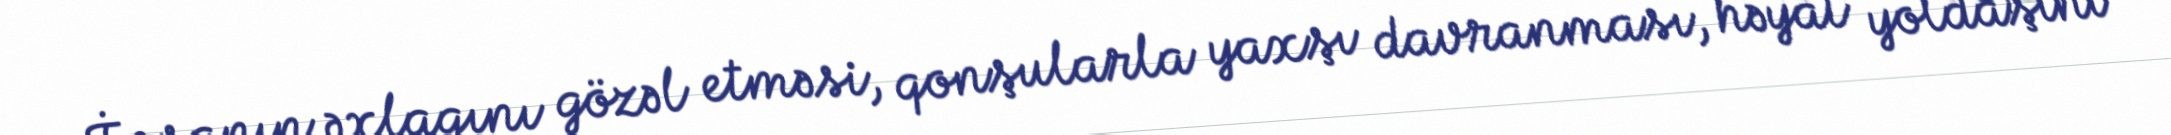
İnsanın əxlaqını gözəl etməsi, qonşularla yaxşı davranması, həyat yoldaşını